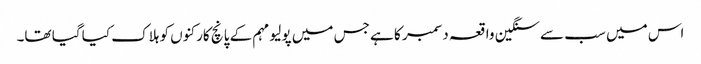
اس میں سب سے سنگین واقعہ دسمبر کا ہے جس میں پولیو مہم کے پانچ کارکنوں کو ہلاک کیا گیا تھا۔